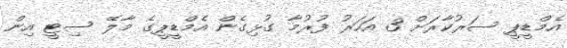
އެމްޑީޕީ ސަރުކާރަށް 3 އަހަރު ފުރުމާ ގުޅިގެން އެމްޑީޕީގެ މާލޭ ސިޓީ އިން